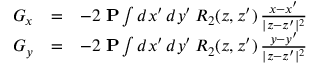
\begin{array} { r l r } { G _ { x } } & { = } & { - 2 \; { \bf P } \int { d } x ^ { \prime } \, { d } y ^ { \prime } \, R _ { 2 } ( z , z ^ { \prime } ) \, { \frac { x - x ^ { \prime } } { | z - z ^ { \prime } | ^ { 2 } } } } \\ { G _ { y } } & { = } & { - 2 \; { \bf P } \int { d } x ^ { \prime } \, { d } y ^ { \prime } \, R _ { 2 } ( z , z ^ { \prime } ) \, { \frac { y - y ^ { \prime } } { | z - z ^ { \prime } | ^ { 2 } } } } \end{array}